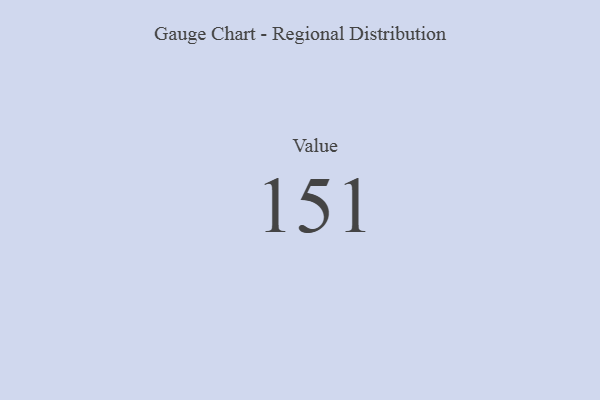
{"axis": {"x": "Metric", "y": "Value"}, "legend": [""], "data": [{"x": "Value", "y": 151, "type": ""}]}